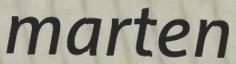
marten